Indian journal of veterinary science and animal husbandry - Volumes 24-25, 1954-1955
Year: 1954
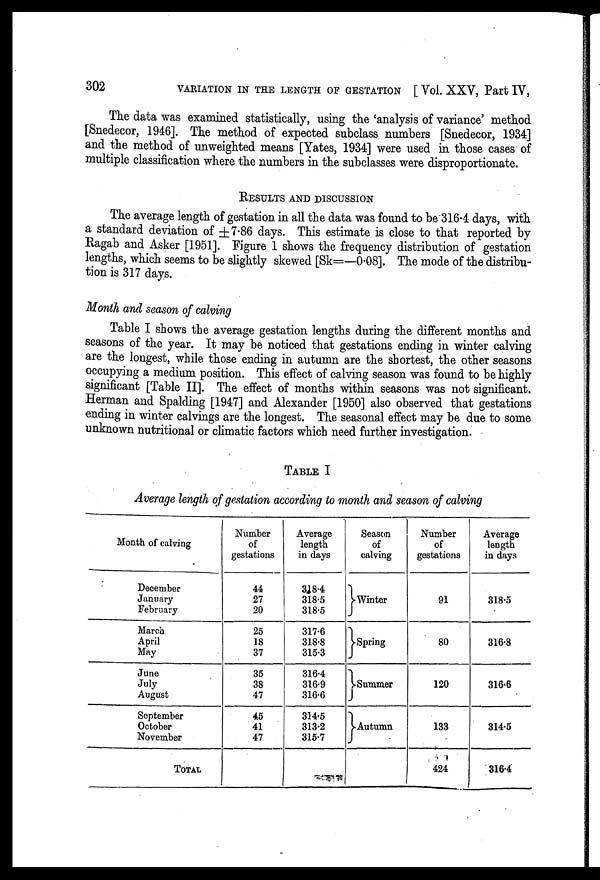
302
VARIATION IN THE LENGTH OF GESTATION [ Vol. XXV, Part IV,
The data was examined statistically, using the 'analysis of variance' method
[Snedecor, 1946]. The method of expected subclass numbers [Snedecor, 1934]
and the method of unweighted means [Yates, 1934] were used in those cases of
multiple classification where the numbers in the subclasses were disproportionate.
RESULTS AND DISCUSSION
The average length of gestation in all the data was found to be 316.4 days, with
a standard deviation of ±7.86 days. This estimate is close to that reported by
Ragab and Asker [1951]. Figure 1 shows the frequency distribution of gestation
lengths, which seems to be slightly skewed [Sk=—0.08]. The mode of the distribu-
tion is 317 days.
Month and season of calving
Table I shows the average gestation lengths during the different months and
seasons of the year. It may be noticed that gestations ending in winter calving
are the longest, while those ending in autumn are the shortest, the other seasons
occupying a medium position. This effect of calving season was found to be highly
significant [Table II]. The effect of months within seasons was not significant.
Herman and Spalding [1947] and Alexander [1950] also observed that gestations
ending in winter calvings are the longest. The seasonal effect may be due to some
unknown nutritional or climatic factors which need further investigation.
TABLE I
Average length of gestation according to month and season of calving
Month of calving
December
January
February
March
April
May
June
July
August
September
October
November
TOTAL
Number
of
gestations
44
27
20
25
18
37
35
38
47
45
41
47
Average
length
in days
318.4
318.5
318.5
317.6
318.8
315.3
316.4
316.9
316.6
314.5
313.2
315.7
Season
of
calving
Winter
Spring
Summer
Autumn
Number
of
gestations
91
80
120
133
424
Average
length
in days
318.5
316.8
316.6
314.5
316.4